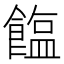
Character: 𫗘